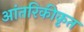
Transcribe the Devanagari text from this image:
आंतरिकीकृत